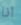
انا